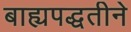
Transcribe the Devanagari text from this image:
बाह्यपद्धतीने